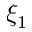
\xi _ { 1 }